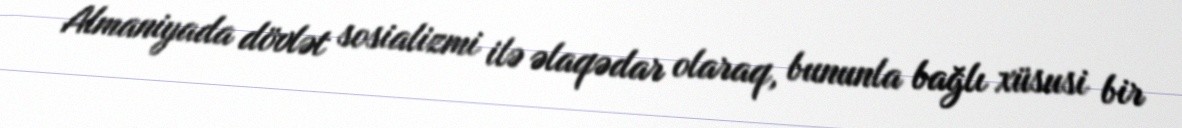
Almaniyada dövlət sosializmi ilə əlaqədar olaraq, bununla bağlı xüsusi bir